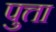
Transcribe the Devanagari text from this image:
पुत्ता